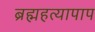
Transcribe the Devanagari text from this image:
ब्रह्महत्यापाप